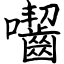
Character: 囓